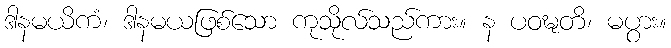
ဒါနမယိကံ၊ ဒါနမယဖြစ်သော ကုသိုလ်သည်ကား။ န ပဝဍ္ဎတိ၊ မပွား။